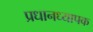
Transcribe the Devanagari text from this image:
प्रधानध्यापक